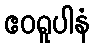
ဧဝရူပါနံ